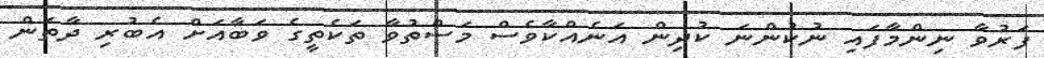
ފަރުވާ ނިންމާފައި ނުކުންނަ ކުދިން އަނެއްކާވެސް މަސްތުވާ ތަކެތީގެ ވަބާއަށް އެބުރި ދާތަން